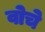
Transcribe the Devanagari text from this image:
वोचे